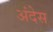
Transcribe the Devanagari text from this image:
अंदेस